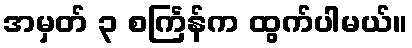
အမှတ် ၃ စင်္ကြန်က ထွက်ပါမယ်။